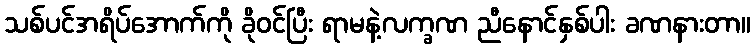
သစ်ပင်အရိပ်အောက်ကို ခိုဝင်ပြီး ရာမနဲ့လက္ခဏ ညီနောင်နှစ်ပါး ခဏနားတာ။